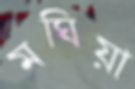
মঘিয়া